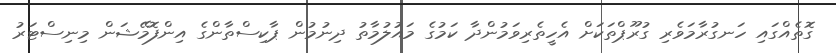
ގޮތެއްގައި ހަނގުރާމަވެރި ގުރޫޕްތަކަށް އެހީތެރިވަމުންދާ ކަމުގެ މައުލުމާތު ދިނުމުން ޕާކިސްތާންގެ އިންފޮމޭޝަން މިނިސްޓަރު